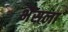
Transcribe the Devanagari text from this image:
भैंसला